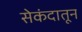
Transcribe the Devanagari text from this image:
सेकंदातून